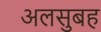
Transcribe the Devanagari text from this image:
अलसुबह